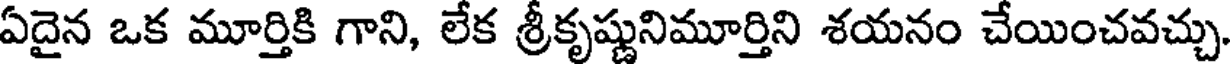
ఏదైన ఒక మూర్తికి గాని, లేక శ్రీకృష్ణునిమూర్తిని శయనం చేయించవచ్చు